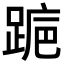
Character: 𬦺